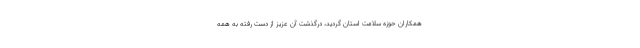
همکاران حوزه سلامت استان گردید، درگذشت آن عزیز از دست رفته به همه